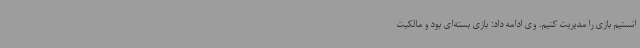
انستیم بازی را مدیریت کنیم. وی ادامه داد: بازی بسته‌ای بود و مالکیت